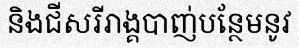
និងជីសរីរាង្គបាញ់បន្ថែមនូវ